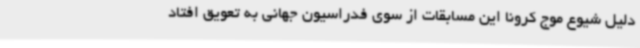
دلیل شیوع موج کرونا این مسابقات از سوی فدراسیون جهانی به تعویق افتاد